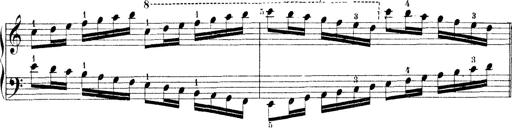
Title: Technische Studien
Composer: Franz Liszt